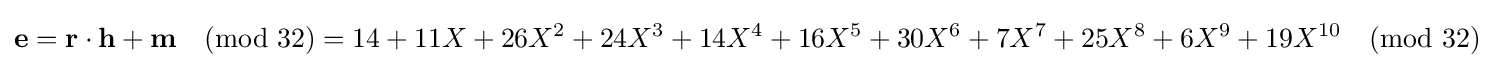
{\textbf {e}}={\textbf {r}}\cdot {\textbf {h}}+{\textbf {m}}{\pmod {32}}=14+11X+26X^{2}+24X^{3}+14X^{4}+16X^{5}+30X^{6}+7X^{7}+25X^{8}+6X^{9}+19X^{10}{\pmod {32}}